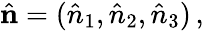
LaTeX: {\hat{\mathbf{n}}}=({\hat{n}}_{1},{\hat{n}}_{2},{\hat{n}}_{3})\, ,